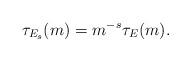
LaTeX: \begin{align*}\tau_{E_s}(m) = m^{-s}\tau_E(m).\end{align*}